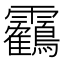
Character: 靏